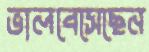
ভালবেসেছেন